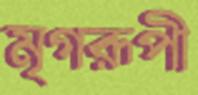
মৃগরূপী